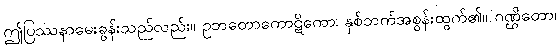
ဤပြဿနာမေးခွန်းသည်လည်း။ ဥဘတောကောဋိကော၊ နှစ်ဘက်အစွန်းထွက်၏။ ဂဏ္ဌိတော၊